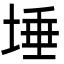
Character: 埵